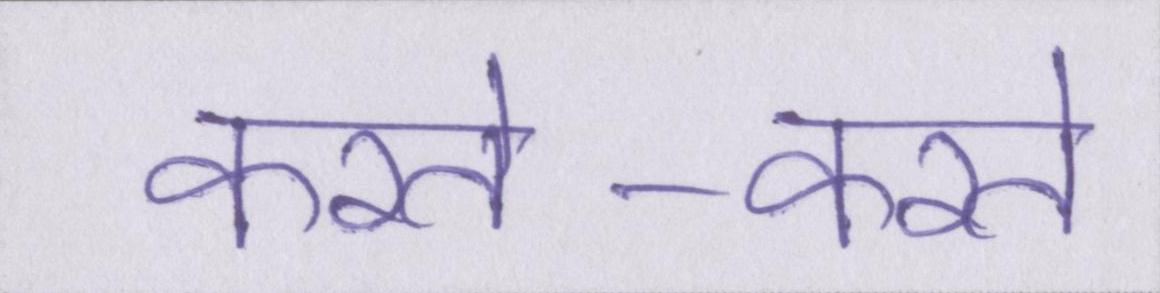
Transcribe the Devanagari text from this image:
करते-करते